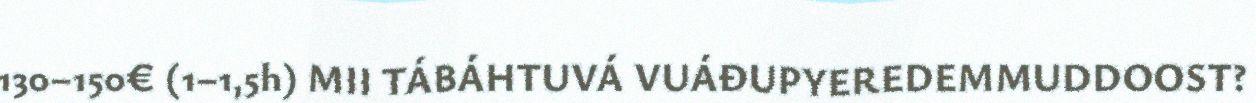
130–150€ (1–1,5h) MII TÁBÁHTUVÁ VUÁĐUPYEREDEMMUDDOOST?